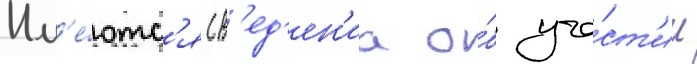
Им'е́ютс'я св'ед'ен'иа о́б уча́ст'ии